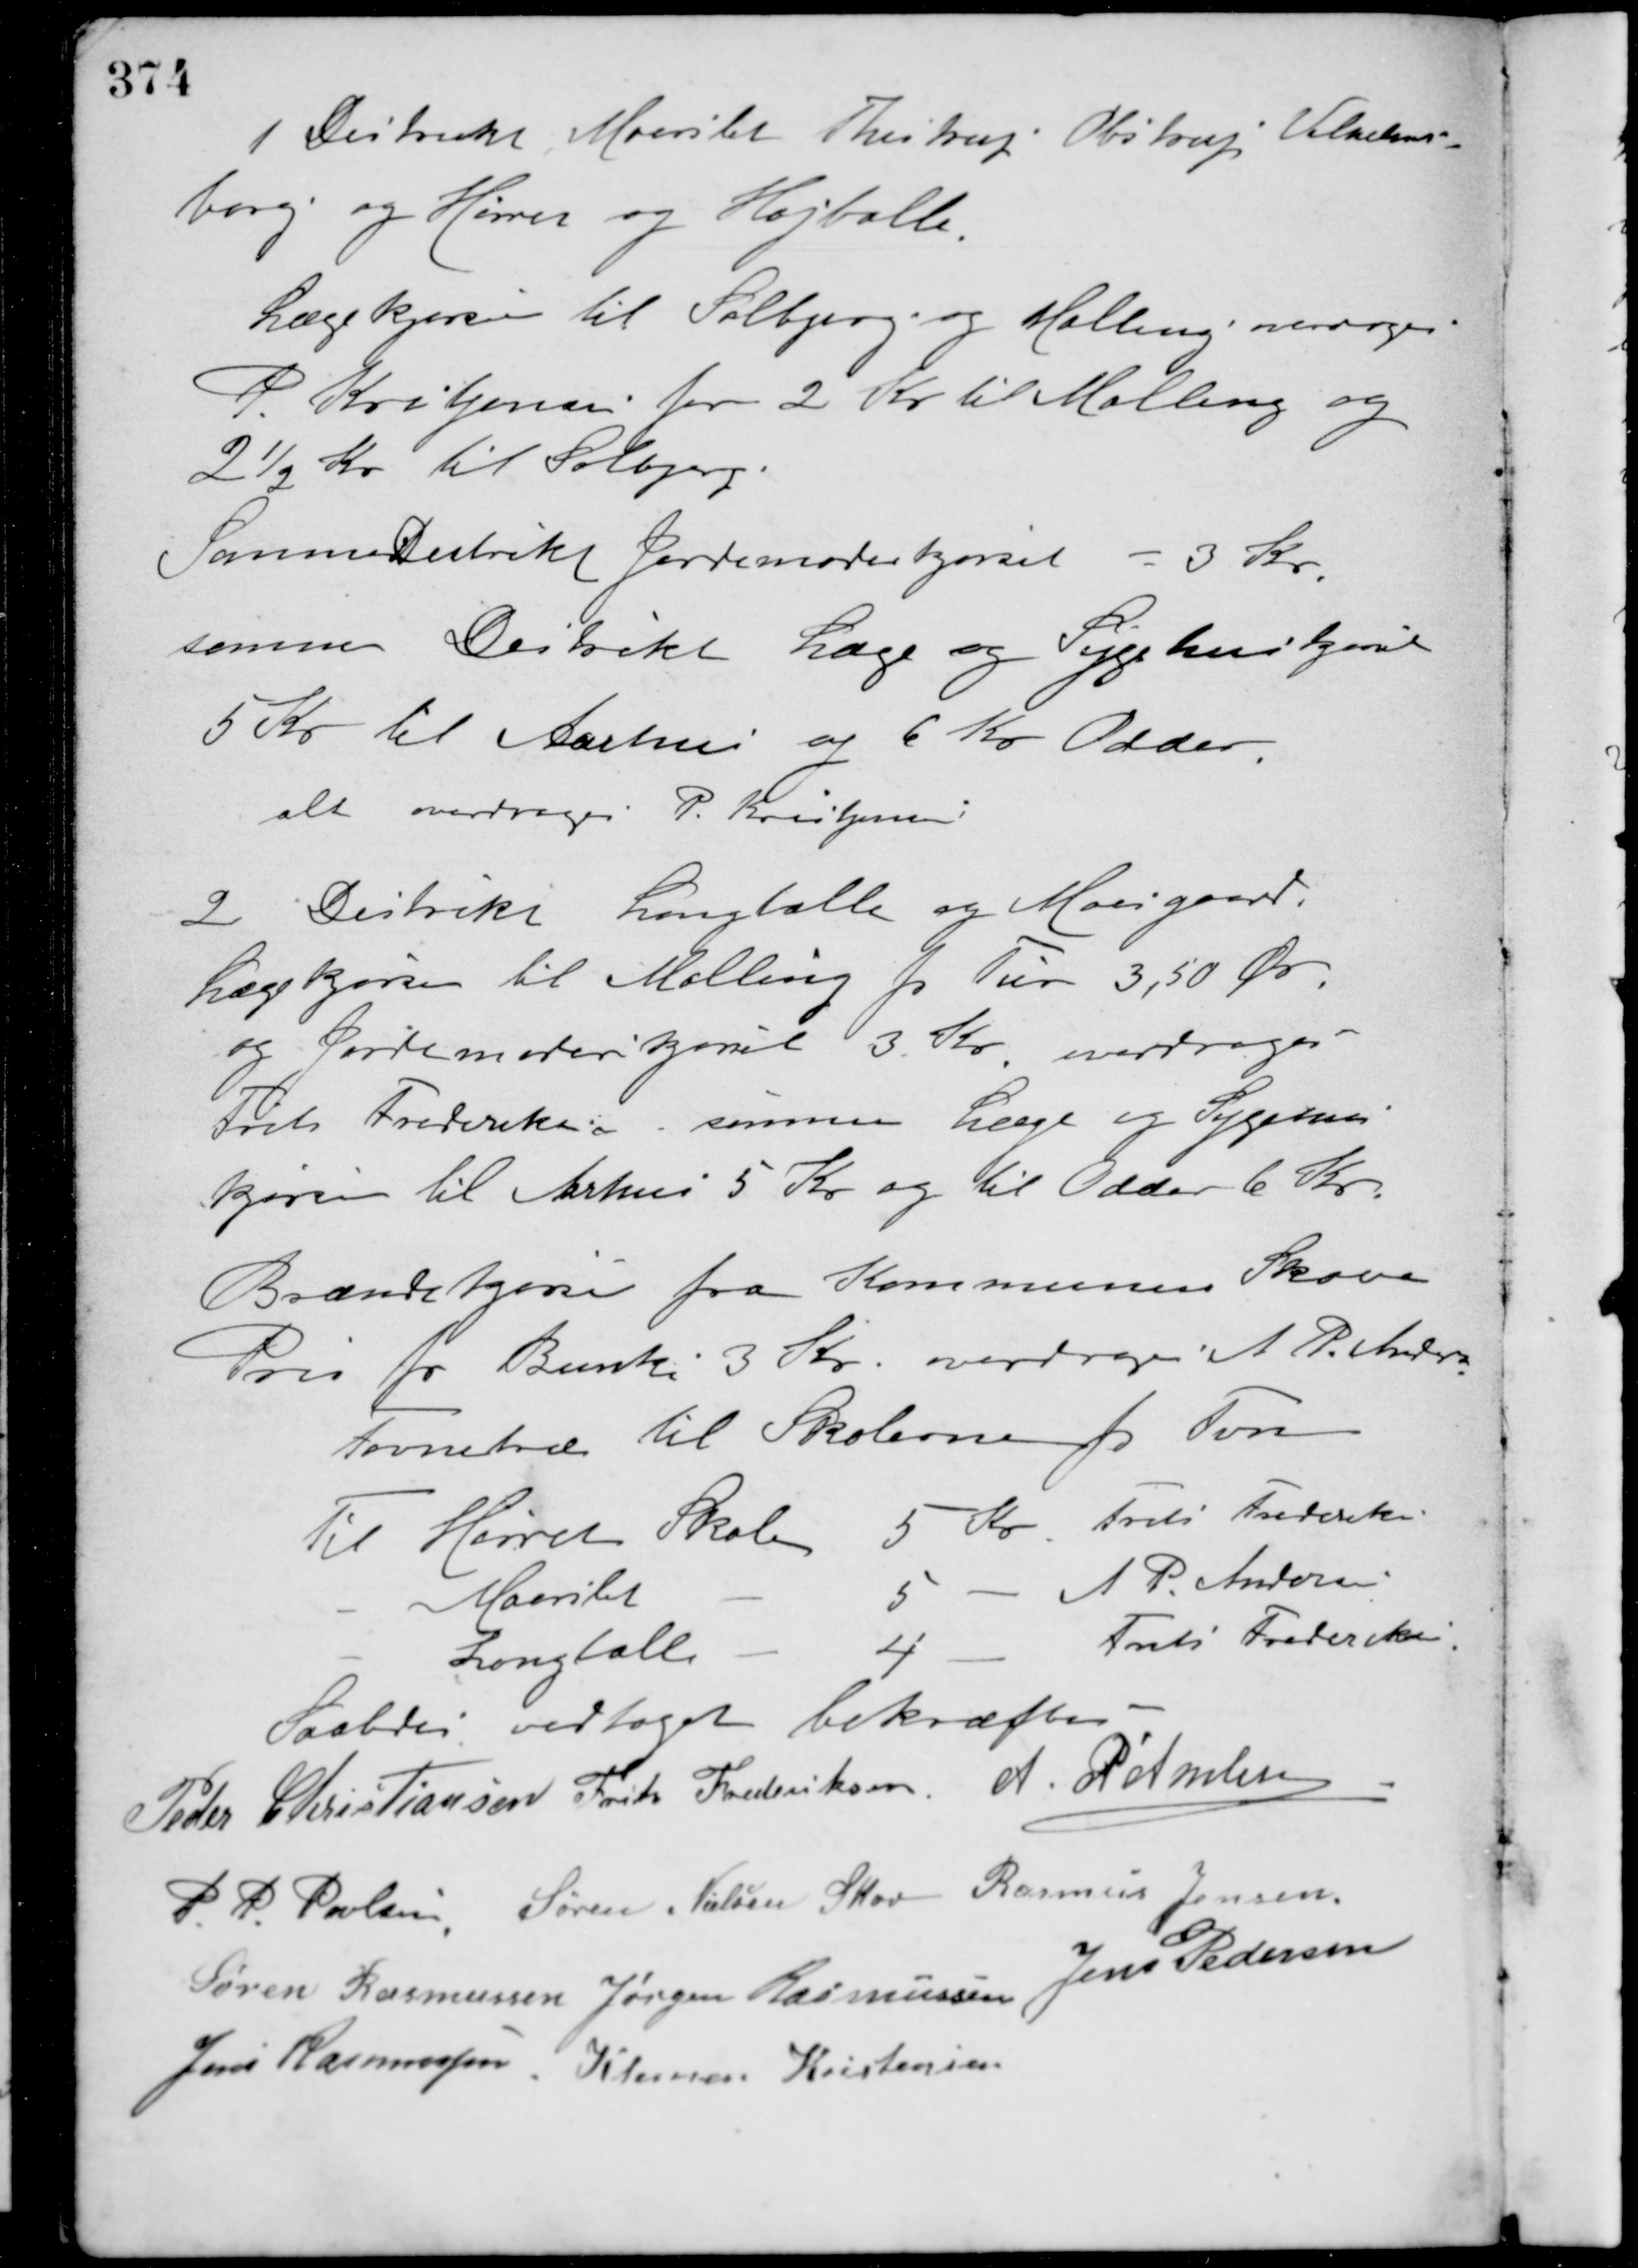
Transskription:
1 Distrikt Maarslet Testrup Obstrup Vilhelms-
borg og Hørret og Højballe.
Lægekjørsel til Solbjerg og Malling overdrages
P. Kristjansen for 2 Kr. til Malling og
2½ Kr. til Solbjerg.
Samme Distrikt Jordemoderkørsel - 3 Kr.
samme Distrikt Læge og Sygehuskjørsel
5 Kr. til Aarhus og 6 Kr. Odder.
alt overdroges P. Kristjansen.
2 Distrikt Langballe og Moesgaard.
Lægekjørsel til Malling pr. Tur 3,50 Øre
og Jordemoderkjørsel 3 Kr. overdroges
Frits Frederiksen, samme Læge og Sygehus-
kjørsel til Århus 5 Kr. og til Odder 6 Kr.
Brændekjørsel fra Kommunens Skove
Pris for Bunke 3 Kr. overdroges A. P. Andersen.
Favnetræ til Skolerne pr. Favn
Til Hørret Skole 5 Kr. Frits Frederiksen
- Maarslet - 5 - A. P. Andersen
- Langballe - 4 - Frits Frederiksen.
Saaledes vedtaget bekræftes
Peder Christiansen Frits Frederiksen A. P. Andersen
P. P. Poulsen Søren Nielsen Skov Rasmus Jensen
Søren Rasmussen Jørgen Rasmussen Jens Pedersen
Jens Rasmussen Klemen Kristensen